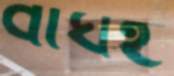
বাঘই